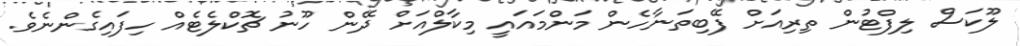
ލޫކަސް ލިފްޓުން ތިރިއަށް ފޭބިތަނާހެން މަންމައައީ މިކާލްއަށް ދޭން ހޫނު ޗޮކްލެޓެއް ހިފައިގެންނެވެ.